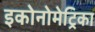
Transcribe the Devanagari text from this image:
इकोनोमेट्रिका